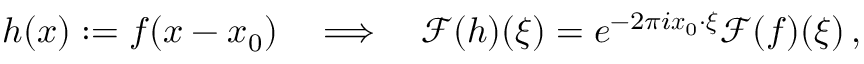
h ( \boldsymbol { x } ) : = f ( \boldsymbol { x } - \boldsymbol { x } _ { 0 } ) \quad \Longrightarrow \quad \mathcal { F } ( h ) ( \boldsymbol { \xi } ) = e ^ { - 2 \pi i \boldsymbol { x } _ { 0 } \cdot \boldsymbol { \xi } } \mathcal { F } ( f ) ( \boldsymbol { \xi } ) \, ,